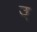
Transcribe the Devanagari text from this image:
उ्